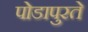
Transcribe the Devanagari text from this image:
पोडापुरते